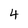
Character: 4